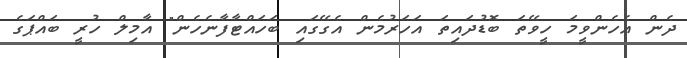
ދެން އެހެންވީމަ ހީވޭތަ ބޮޑުދައިތަ އަހަރުމެން އެގޭގައި ބަހައްޓާފާނެހެން" އާމިލް ހުރީ ބައްޕަގެ